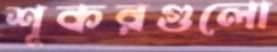
শূকরগুলো